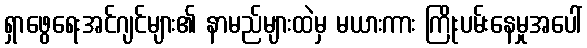
ရှာဖွေရေးအင်ဂျင်များ၏ နာမည်များထဲမှ မယားကား ကြိုးပမ်းနေမှုအပေါ်